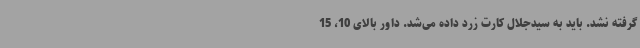
گرفته نشد. باید به سیدجلال کارت زرد داده می‌شد. داور بالای 10، 15